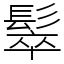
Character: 䯿